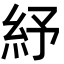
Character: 紓